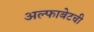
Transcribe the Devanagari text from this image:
अल्फाबेटची